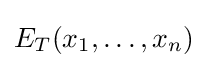
E_{T}(x_{1},\dots ,x_{n})